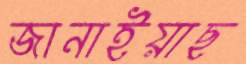
জানাইয়াছ